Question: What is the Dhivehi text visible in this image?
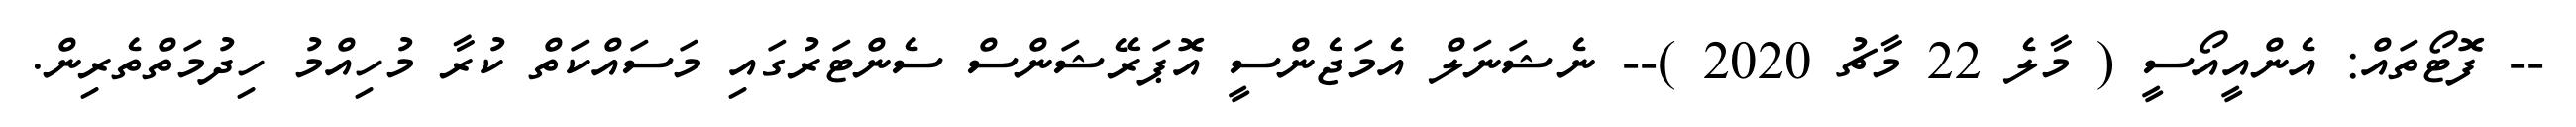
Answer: -- ފޮޓޯތައް: އެންއީއޯސީ ( މާލެ 22 މާޗު 2020 )-- ނެޝަނަލް އެމަޖެންސީ އޮޕަރޭޝަންސް ސެންޓަރުގައި މަސައްކަތް ކުރާ މުހިއްމު ހިދުމަތްތެރިން.